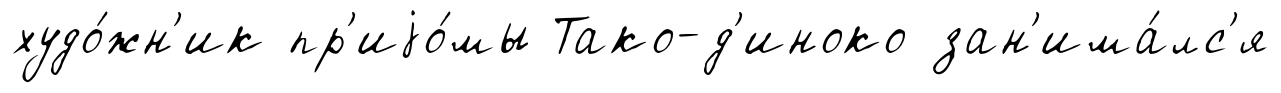
худо́жн'ик пр'иjо́мы Тако-д'иноко зан'има́лс'я